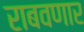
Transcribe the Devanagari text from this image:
राबवणार